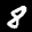
Label: 8